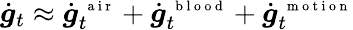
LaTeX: \dot{\boldsymbol g}_{t}\approx\dot{\boldsymbol g}_{t}^{\mathrm{~\scriptsize~a~i~r~}}+\dot{\boldsymbol g}_{t}^{\mathrm{~\scriptsize~b~l~o~o~d~}}+\dot{\boldsymbol g}_{t}^{\mathrm{~\scriptsize~m~o~t~i~o~n~}}